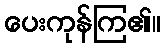
ပေးကုန်ကြ၏။